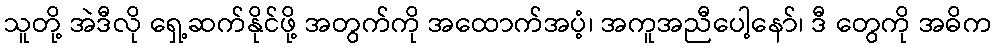
သူတို့ အဲဒီလို ရှေ့ဆက်နိုင်ဖို့ အတွက်ကို အထောက်အပံ့၊ အကူအညီပေါ့နော်၊ ဒီ တွေကို အဓိက